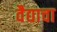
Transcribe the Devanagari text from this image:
वैद्याचा